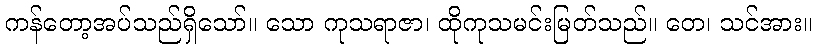
ကန်တော့အပ်သည်ရှိသော်။ သော ကုသရာဇာ၊ ထိုကုသမင်းမြတ်သည်။ တေ၊ သင်အား။